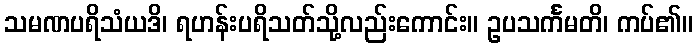
သမဏပရိသံယဒိ၊ ရဟန်းပရိသတ်သို့လည်းကောင်း။ ဥပသင်္ကမတိ၊ ကပ်၏။